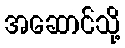
အဆောင်သို့